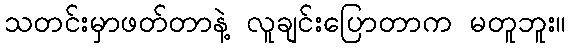
သတင်းမှာဖတ်တာနဲ့ လူချင်းပြောတာက မတူဘူး။